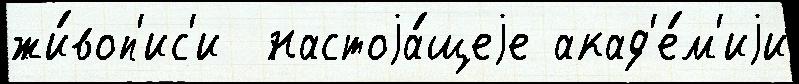
жи́воп'ис'и  настоjа́щеjе акад'е́м'иjи